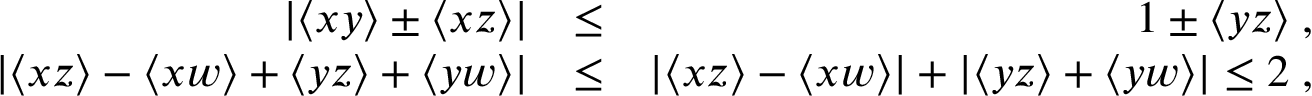
\begin{array} { r l r } { | \langle x y \rangle \pm \langle x z \rangle | } & { \le } & { 1 \pm \langle y z \rangle \; , } \\ { | \langle x z \rangle - \langle x w \rangle + \langle y z \rangle + \langle y w \rangle | } & { \le } & { | \langle x z \rangle - \langle x w \rangle | + | \langle y z \rangle + \langle y w \rangle | \le 2 \; , } \end{array}